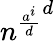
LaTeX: {n^{\frac{a^{i}}{d}}}^{d}